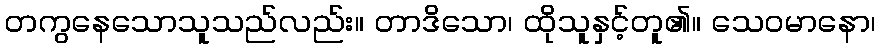
တကွနေသောသူသည်လည်း။ တာဒိသော၊ ထိုသူနှင့်တူ၏။ သေဝမာနော၊